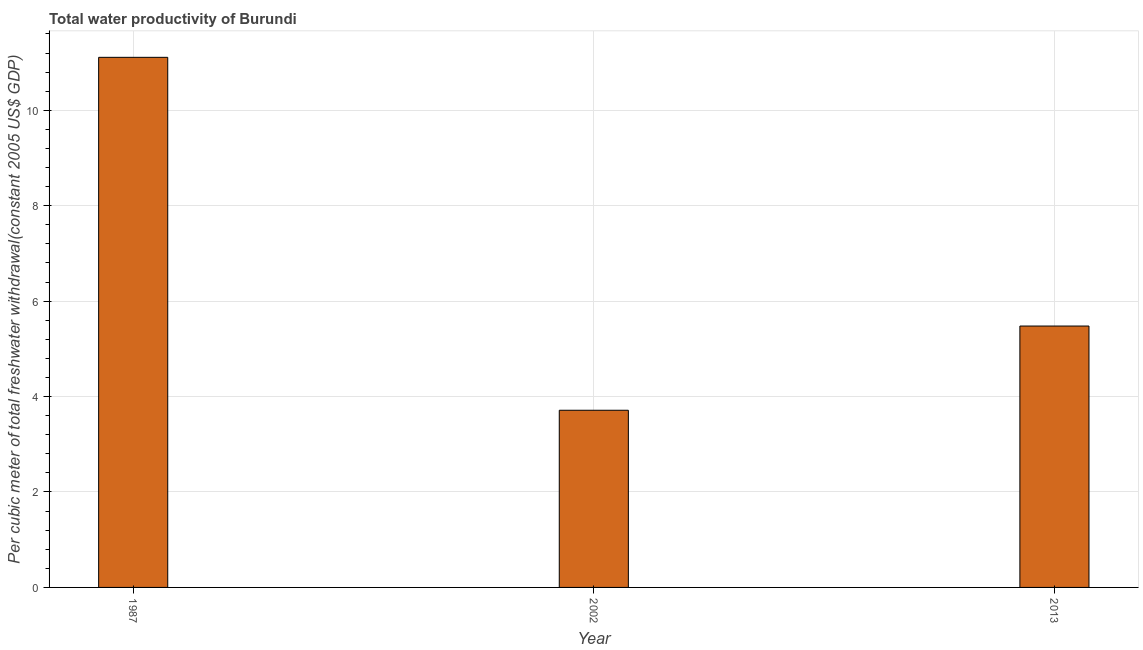
| Year | Water productivity |
 | --- | --- |
 | 1987 | 11.1 |
 | 2002 | 3.71 |
 | 2013 | 5.48 |